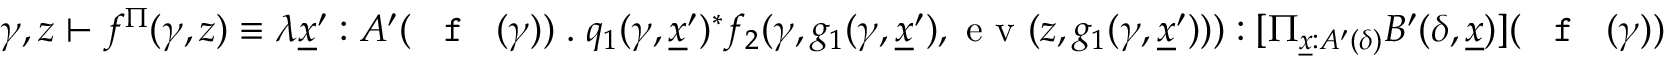
\gamma , z \vdash f ^ { \Pi } ( \gamma , z ) \equiv \lambda \underline { { x } } ^ { \prime } : A ^ { \prime } ( \textnormal { \texttt { f } } ( \gamma ) ) \; . \; q _ { 1 } ( \gamma , \underline { { x } } ^ { \prime } ) ^ { * } f _ { 2 } ( \gamma , g _ { 1 } ( \gamma , \underline { { x } } ^ { \prime } ) , \textnormal { e v } ( z , g _ { 1 } ( \gamma , \underline { { x } } ^ { \prime } ) ) ) : [ \Pi _ { \underline { { x } } : A ^ { \prime } ( \delta ) } B ^ { \prime } ( \delta , \underline { { x } } ) ] ( \textnormal { \texttt { f } } ( \gamma ) )